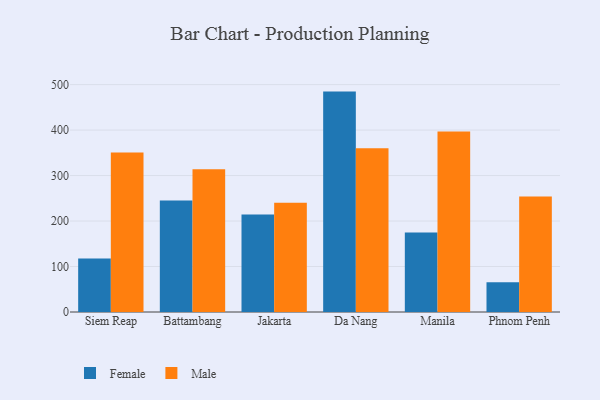
{"axis": {"x": "City", "y": "Temperature (°C)"}, "legend": ["Female", "Male"], "data": [{"x": "Siem Reap", "y": 117.6, "type": "Female"}, {"x": "Siem Reap", "y": 350.9, "type": "Male"}, {"x": "Battambang", "y": 245.0, "type": "Female"}, {"x": "Battambang", "y": 314.1, "type": "Male"}, {"x": "Jakarta", "y": 214.5, "type": "Female"}, {"x": "Jakarta", "y": 240.4, "type": "Male"}, {"x": "Da Nang", "y": 484.6, "type": "Female"}, {"x": "Da Nang", "y": 360.1, "type": "Male"}, {"x": "Manila", "y": 175.0, "type": "Female"}, {"x": "Manila", "y": 397.0, "type": "Male"}, {"x": "Phnom Penh", "y": 65.4, "type": "Female"}, {"x": "Phnom Penh", "y": 253.9, "type": "Male"}]}